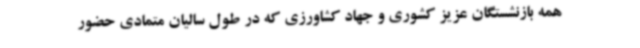
همه بازنشستگان عزیز کشوری و جهاد کشاورزی که در طول سالیان متمادی حضور